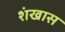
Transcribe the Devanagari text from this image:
शंखास